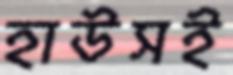
হাউসই